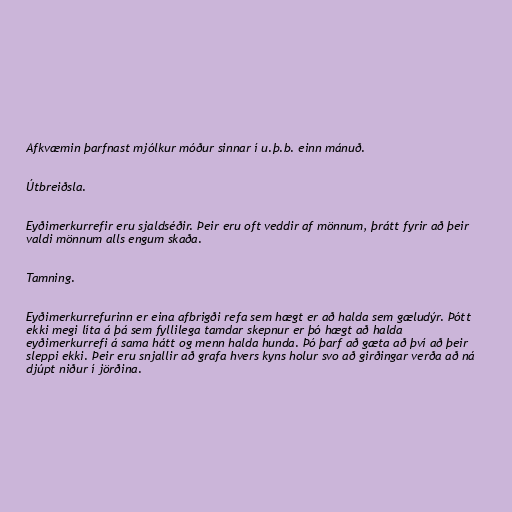
Afkvæmin þarfnast mjólkur móður sinnar í u.þ.b. einn mánuð.

Útbreiðsla.

Eyðimerkurrefir eru sjaldséðir. Þeir eru oft veddir af mönnum, þrátt fyrir að þeir
valdi mönnum alls engum skaða.

Tamning.

Eyðimerkurrefurinn er eina afbrigði refa sem hægt er að halda sem gæludýr. Þótt
ekki megi líta á þá sem fyllilega tamdar skepnur er þó hægt að halda
eyðimerkurrefi á sama hátt og menn halda hunda. Þó þarf að gæta að því að þeir
sleppi ekki. Þeir eru snjallir að grafa hvers kyns holur svo að girðingar verða að ná
djúpt niður í jörðina.